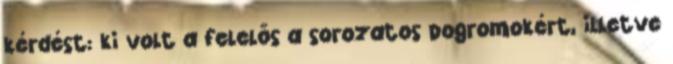
kérdést: ki volt a felelős a sorozatos pogromokért, illetve